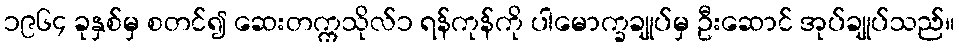
၁၉၆၄ ခုနှစ်မှ စတင်၍ ဆေးတက္ကသိုလ်၁ ရန်ကုန်ကို ပါမောက္ခချုပ်မှ ဦးဆောင် အုပ်ချုပ်သည်။